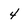
Character: 4